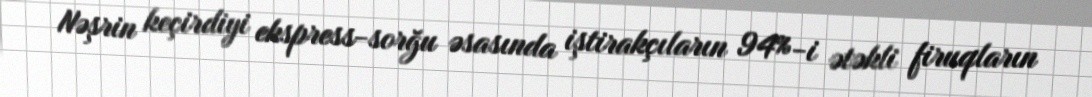
Nəşrin keçirdiyi ekspress-sorğu əsasında iştirakçıların 94%-i ətəkli firuqların